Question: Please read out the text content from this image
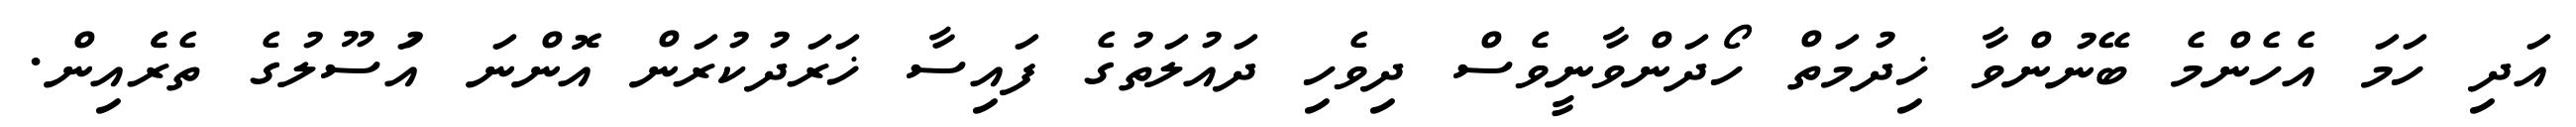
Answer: އަދި ހަމަ އެހެންމެ ބޭނުންވާ ޚިދުމަތް ހޯދަންވާނީވެސް ދިވެހި ދައުލަތުގެ ފައިސާ ޚަރަދުކުރަން އޮންނަ އުަސޫލުގެ ތެރެެއިން.